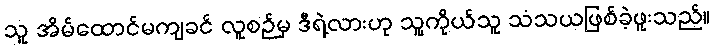
သူ အိမ်ထောင်မကျခင် လူစဉ်မှ ဒီရဲ့လားဟု သူ့ကိုယ်သူ သံသယဖြစ်ခဲ့ဖူးသည်။